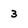
Character: 3